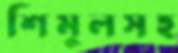
শিমুলসহ